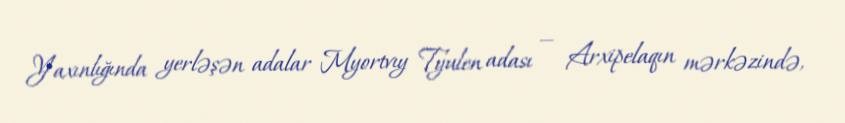
Yaxınlığında yerləşən adalar Myortvıy Tyulen adası — Arxipelaqın mərkəzində,